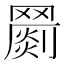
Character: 𦌞